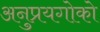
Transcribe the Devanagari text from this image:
अनुप्रयगोको